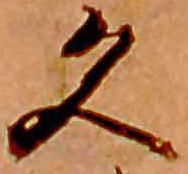
久